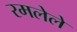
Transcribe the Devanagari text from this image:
रमलेले